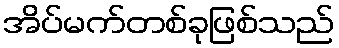
အိပ်မက်တစ်ခုဖြစ်သည်